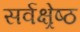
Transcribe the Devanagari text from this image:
सर्वक्ष्रेष्ठ